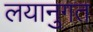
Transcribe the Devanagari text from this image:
लयानुगत